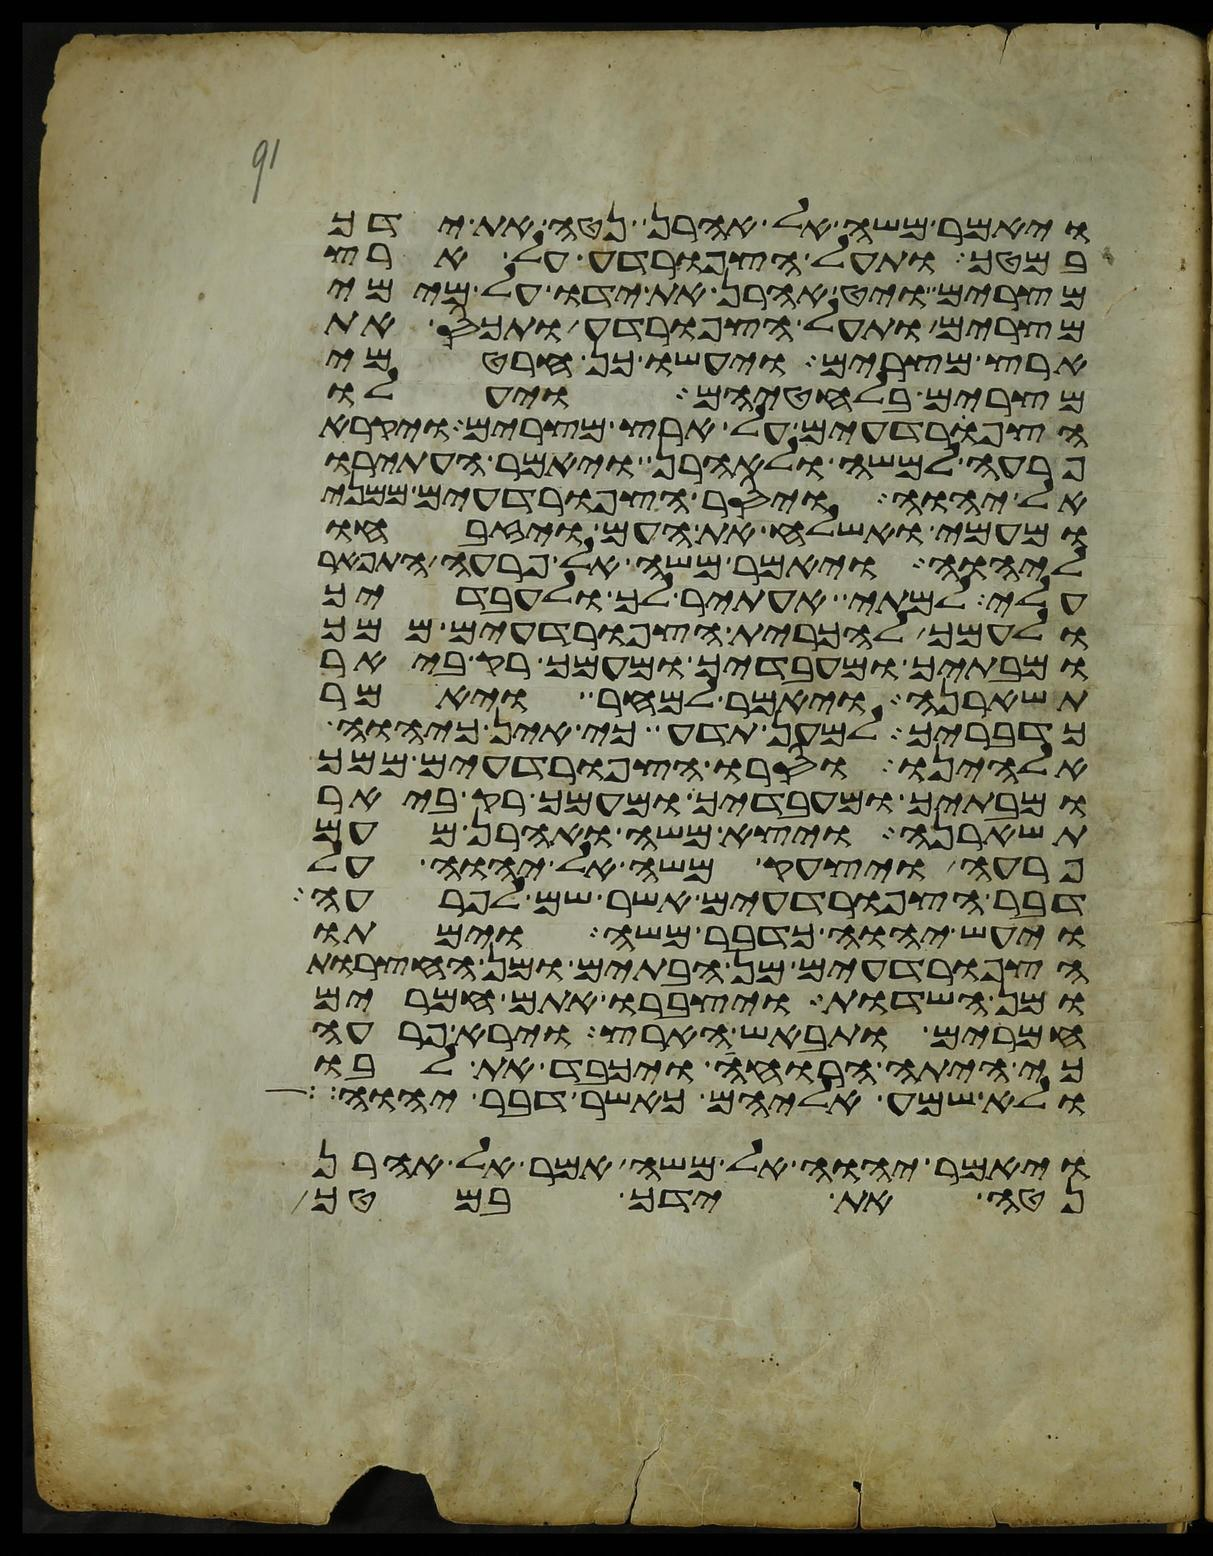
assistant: ויאמר משה אל אהרן נטה את ידך
במטך ותעל הצפרדע על ארץ
מצרים ויט אהרן את ידו על מימי
מצרים ותעל הצפרדע ותכס את
ארץ מצרים ויעשו כן חרטמי
מצרים בלחטיהם ויעלו
הצפרדעים על ארץ מצרים ויקרא
פרעה למשה ולאהרן ויאמר העתירו
אל יהוה ויסר הצפרדעים ממני
ומעמי ואשלח את העם ויזבחו
ליהוה ויאמר משה אל פרעה התפאר
עלי למתי אעתיר לך ולעבדיך
ולעמך להכרית הצפרדעים ממך
ומבתיך ומעבדיך ומעמך רק ביאר
תשארנה ויאמר למחר ויאמר
כדבריך למען תדע כי אין כיהוה
אלהינו וסרו הצפרדעים ממך
ומבתיך ומעבדיך ומעמך רק ביאר
תשארנה ויצא משה ואהרן מעם
פרעה ויצעק משה אל יהוה על
דבר הצפרדעים אשר שם לפרעה
ויעש יהוה כדבר משה וימתו
הצפרדעים מן הבתים ומן החצרות
ומן השדות ויצברו אתם חמרים
חמרים ותבאש הארץ וירא פרעה
כי היתה הרוחה ויכבד את לבו
ולא שמע אליהם כאשר דבר יהוה
ויאמר יהוה אל משה אמר אל אהרן
נטה את ידך במטך